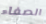
الصفاء